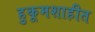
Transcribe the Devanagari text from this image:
हुकूमशाहीत